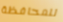
للمحافظة